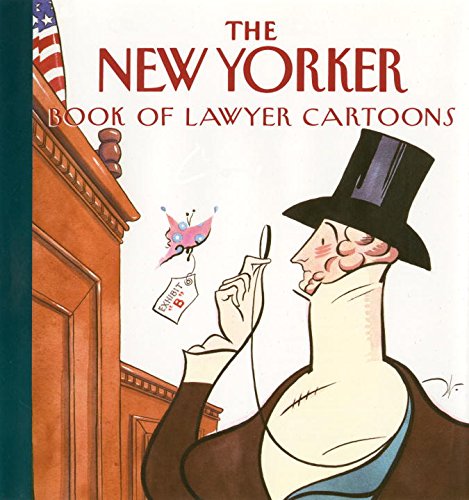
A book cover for The New Yorker Book of Lawyer Cartoons; New Yorker; Humor & Entertainment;